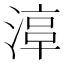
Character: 𣹾